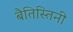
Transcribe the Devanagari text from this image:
बैतिस्तिनी